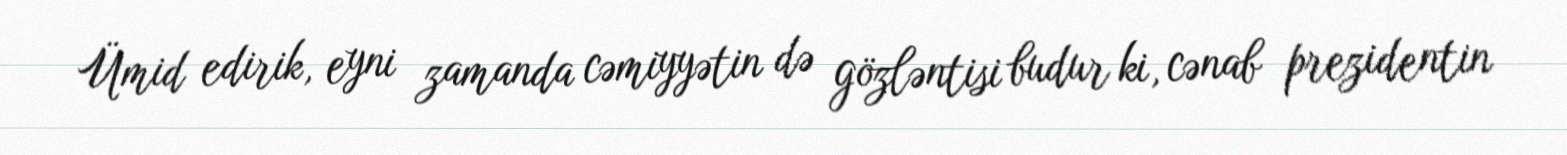
Ümid edirik, eyni zamanda cəmiyyətin də gözləntisi budur ki, cənab prezidentin